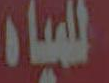
اللمياه